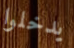
يدخلوا